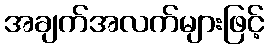
အချက်အလက်များဖြင့်